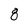
Character: 8